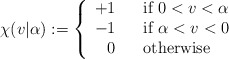
\begin{align*}\chi(v|\alpha):=\left\{\begin{array}{rcl}+1 && \mbox{if $0<v<\alpha$} \\-1 && \mbox{if $\alpha<v<0$} \\ 0 && \mbox{otherwise}\end{array}\right.\end{align*}